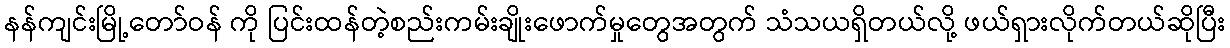
နန်ကျင်းမြို့တော်ဝန် ကို ပြင်းထန်တဲ့စည်းကမ်းချိုးဖောက်မှုတွေအတွက် သံသယရှိတယ်လို့ ဖယ်ရှားလိုက်တယ်ဆိုပြီး